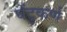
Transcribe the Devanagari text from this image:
घेंटुकर्ण